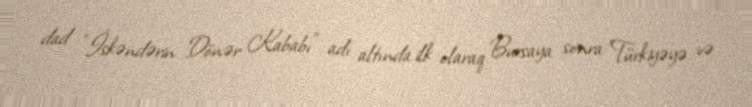
dad “İskəndərin Dönər Kababı” adı altında ilk olaraq Bursaya sonra Türkiyəyə və